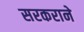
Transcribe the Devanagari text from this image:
सरकराने